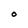
Character: O